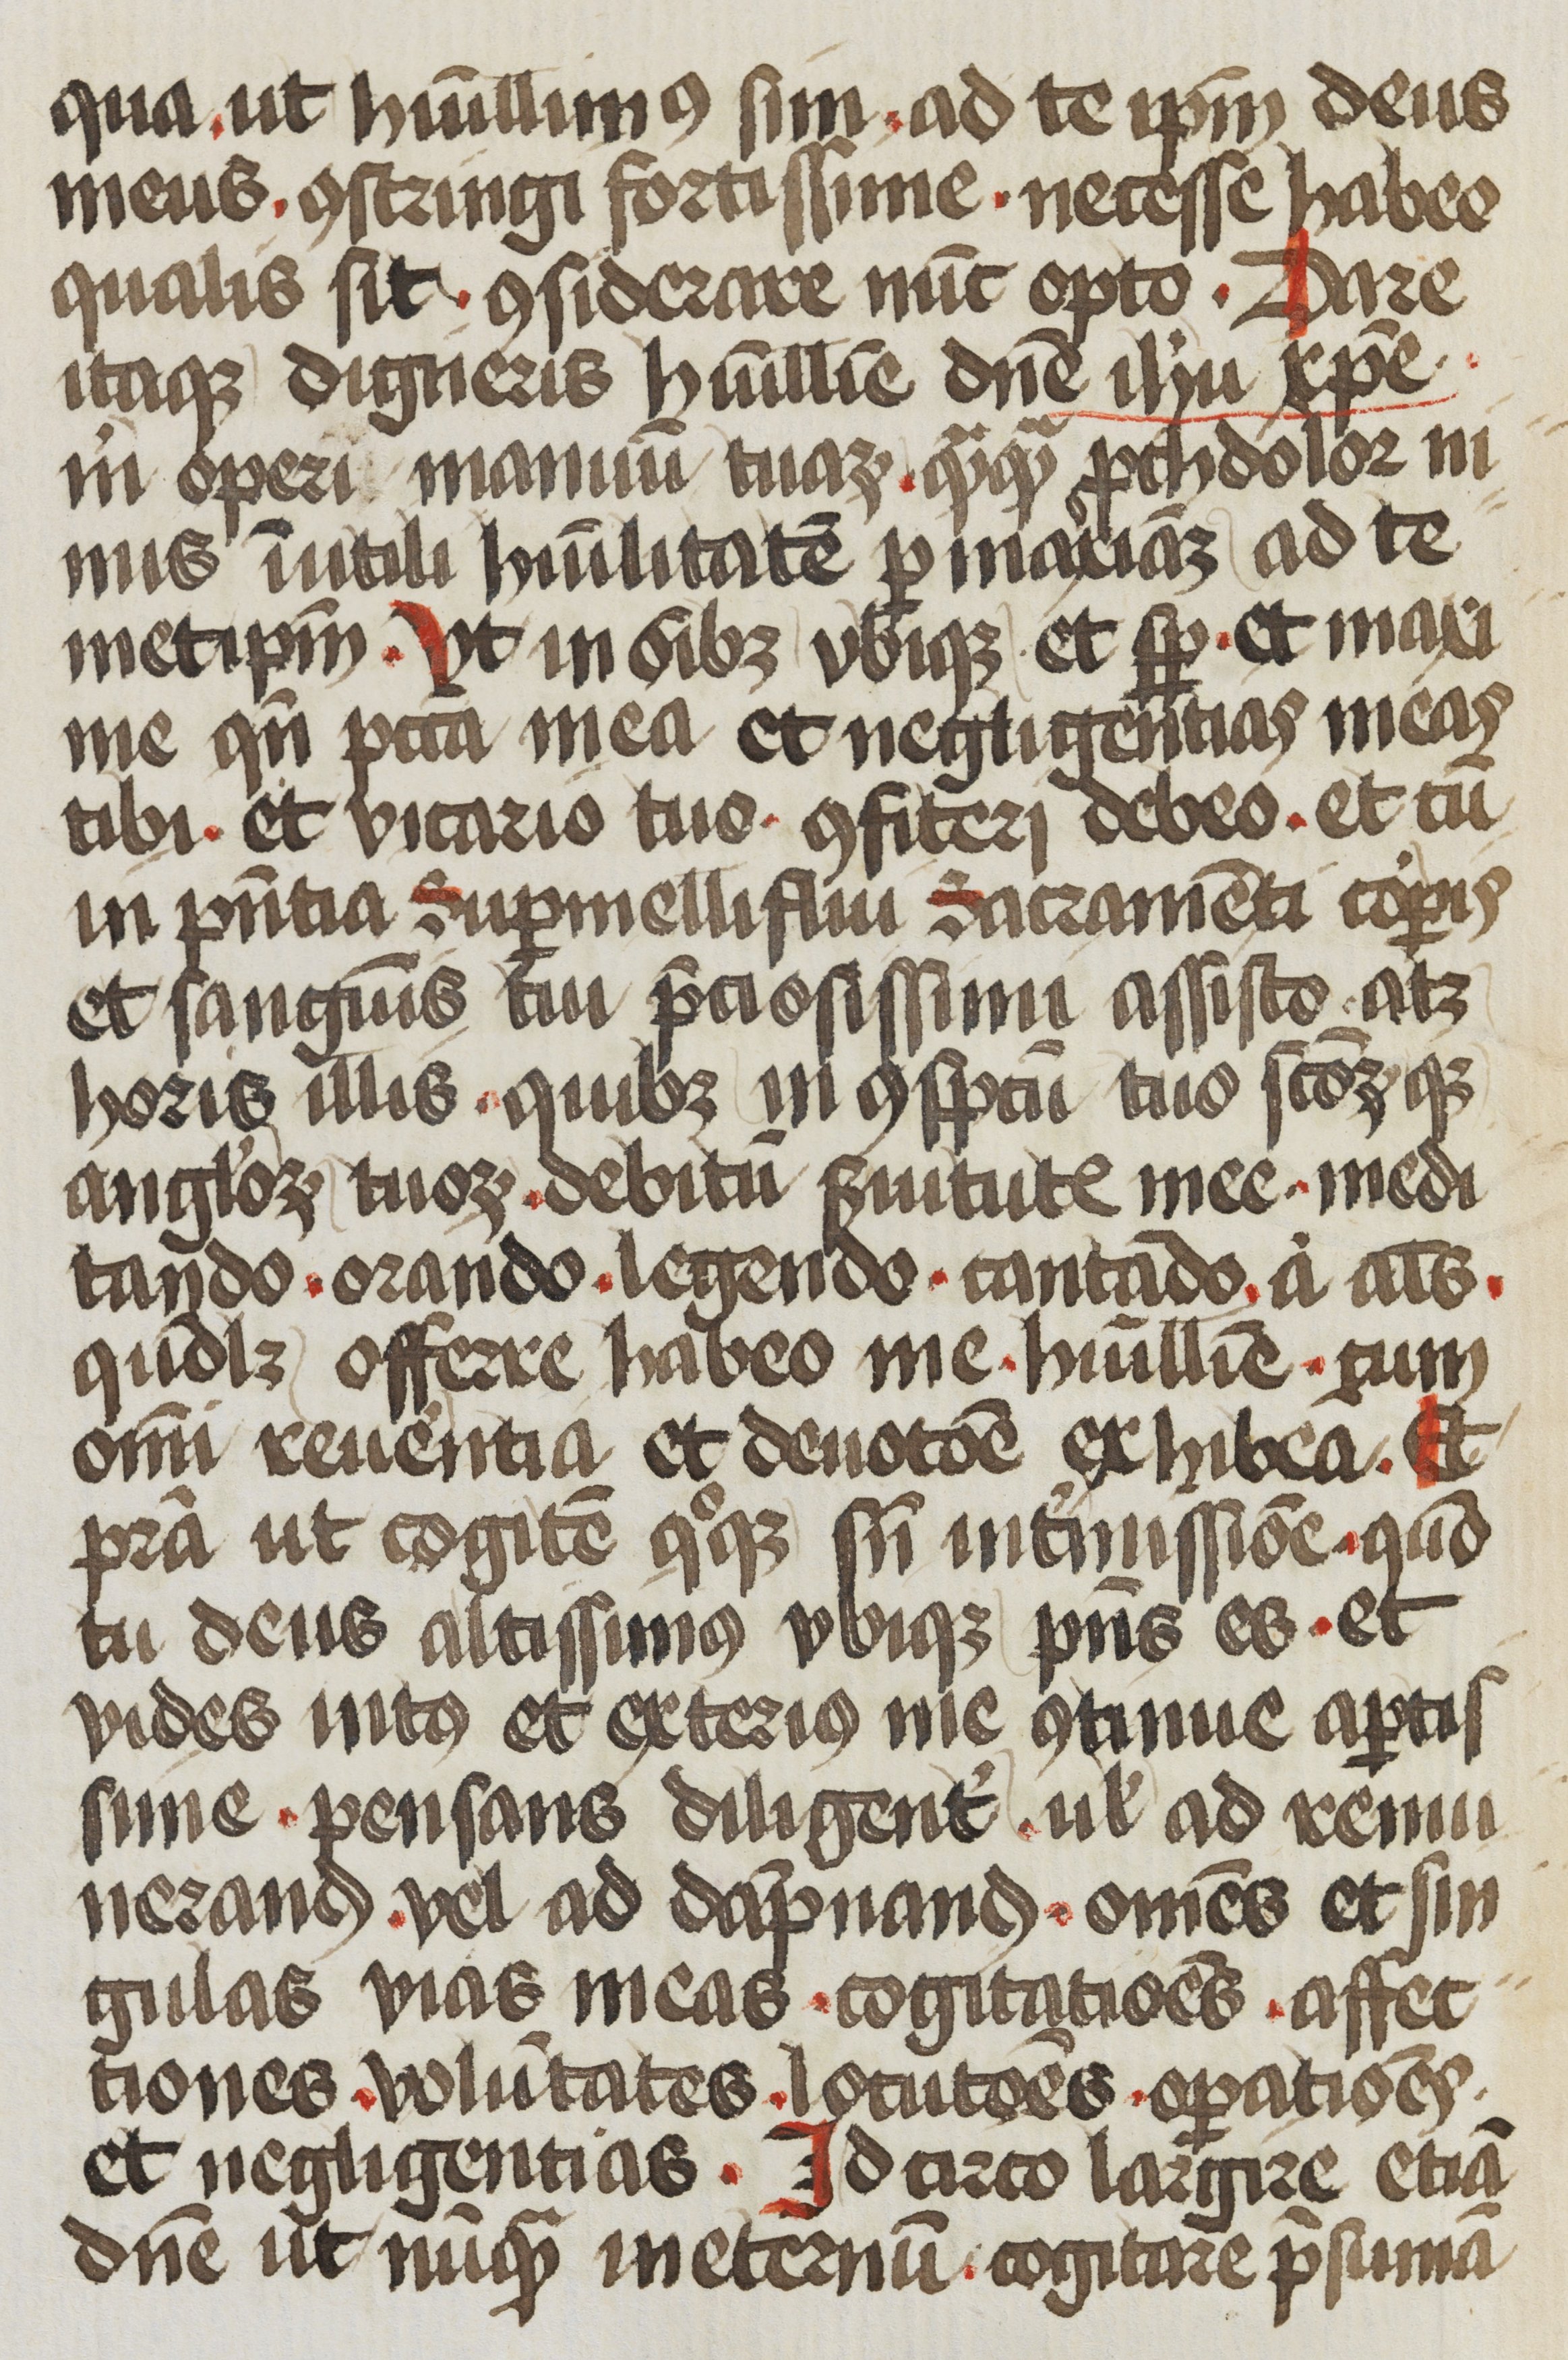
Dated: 1472–1472